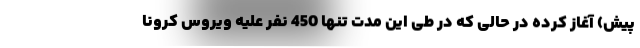
پیش) آغاز کرده در حالی که در طی این مدت تنها 450 نفر علیه ویروس کرونا